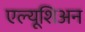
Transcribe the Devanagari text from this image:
एल्यूशिअन